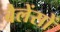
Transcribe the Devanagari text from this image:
बैलेंसों